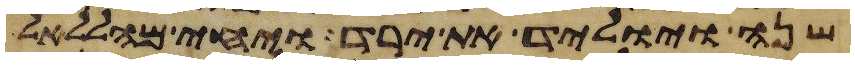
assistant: שנה ויוליד את ירד ויחי מהללאל